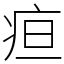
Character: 疸